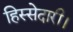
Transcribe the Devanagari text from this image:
हिस्सेदारी।